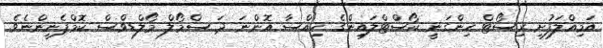
އަމިއްލަފުށި ރިސޯޓް ހިންގަނީ ކޯސްޓްލައިންގެ ހިއްސާ އޮންނަ ދަ ސްމޯލް މޯލްޑިވްސް ކޮމްޕެނީންނެވެ.